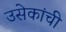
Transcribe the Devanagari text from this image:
उसेकांची